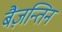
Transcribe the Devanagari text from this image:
बैज़न्तिन